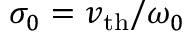
\sigma _ { 0 } = v _ { \mathrm { t h } } / \omega _ { 0 }